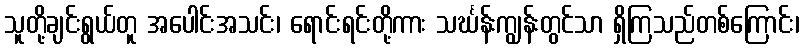
သူတို့ချင်းရွယ်တူ အပေါင်းအသင်း၊ ရောင်းရင်းတို့ကား သင်္ဃန်းကျွန်းတွင်သာ ရှိကြသည်တစ်ကြောင်း၊